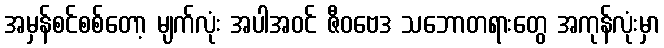
အမှန်စင်စစ်တော့ မျက်လုံး အပါအဝင် ဇီဝဗေဒ သဘောတရားတွေ အကုန်လုံးမှာ